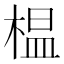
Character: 榅